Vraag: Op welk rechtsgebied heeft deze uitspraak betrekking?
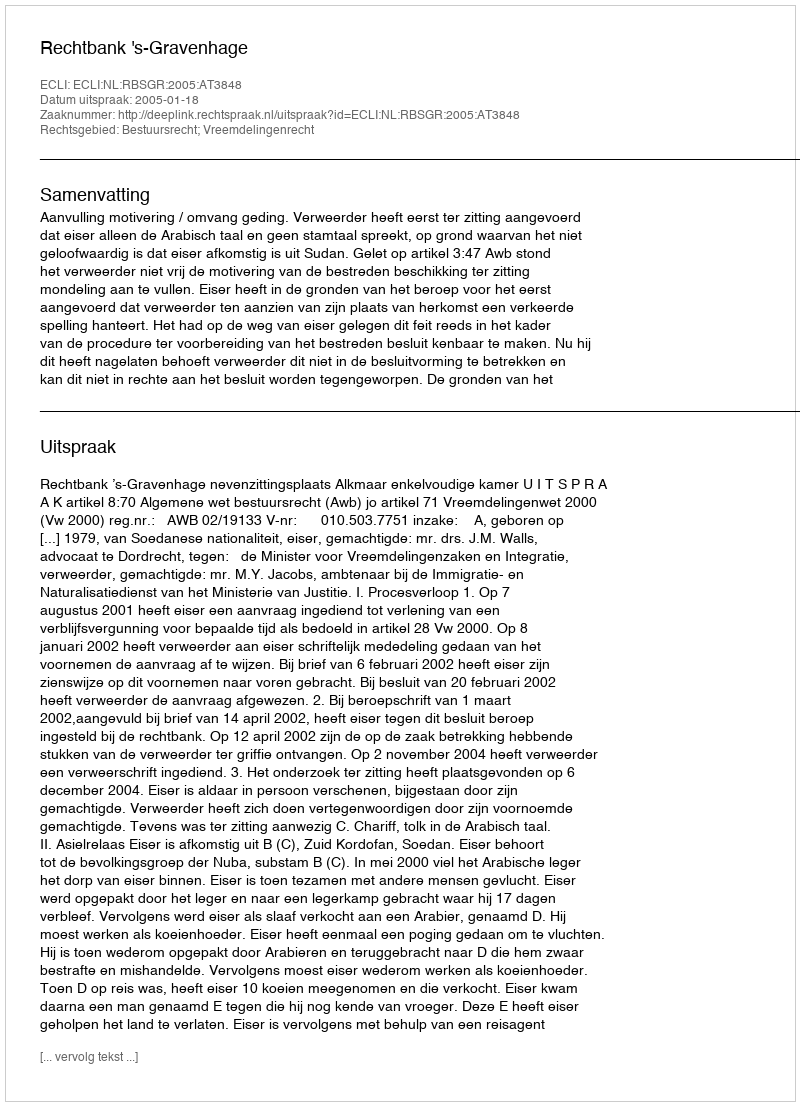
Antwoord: Bestuursrecht; Vreemdelingenrecht